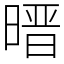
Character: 㬐